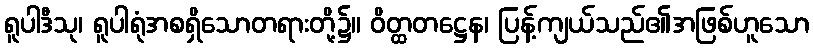
ရူပါဒီသု၊ ရူပါရုံအစရှိသောတရားတို့၌။ ဝိတ္ထတဋ္ဌေန၊ ပြန့်ကျယ်သည်၏အဖြစ်ဟူသော